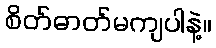
စိတ်ဓာတ်မကျပါနဲ့။